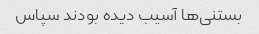
بستنی‌ها آسیب دیده بودند سپاس